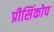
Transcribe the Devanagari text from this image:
प्रीसिंकोप